Burma Government Medical School reports 1907-22
Year: 1907
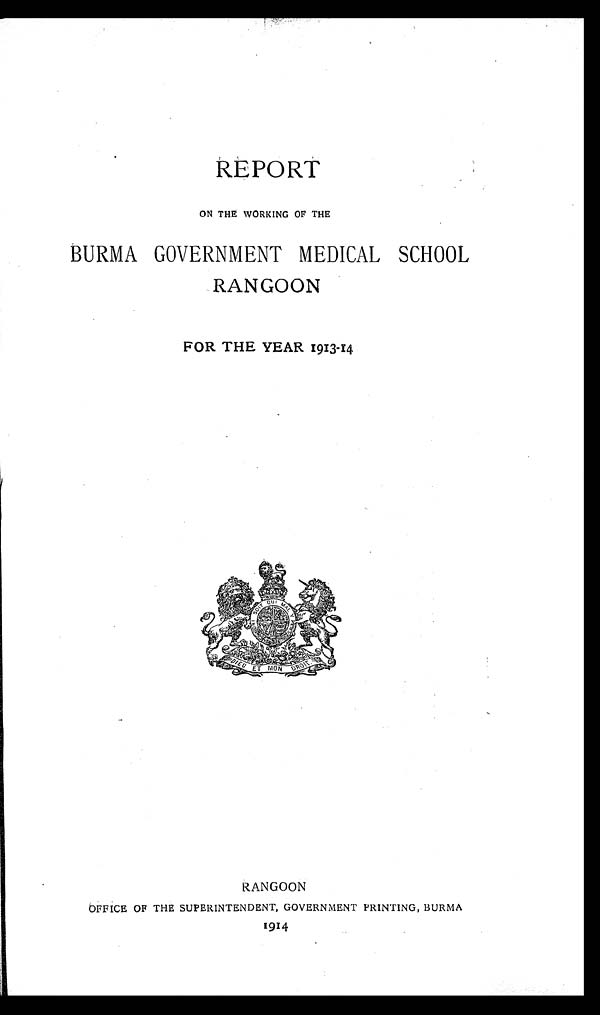
REPORT
ON THE WORKING OF THE
BURMA GOVERNMENT MEDICAL SCHOOL
RANGOON
FOR THE YEAR 1913-14
RANGOON
OFFICE OF THE SUPERINTENDENT, GOVERNMENT PRINTING, BURMA
1914